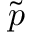
\tilde { p }